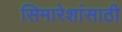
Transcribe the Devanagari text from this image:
सिमारेशांसाठी